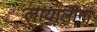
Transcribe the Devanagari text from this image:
लायालीना